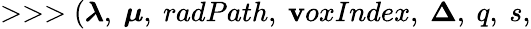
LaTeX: >>>(\boldsymbol{\lambda},~\boldsymbol{\mu},~radPath,~\mathbf{v}oxIndex,~\boldsymbol{\Delta},~q,~s,